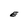
Character: E